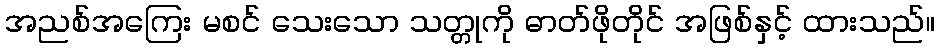
အညစ်အကြေး မစင် သေးသော သတ္တုကို ဓာတ်ဖိုတိုင် အဖြစ်နှင့် ထားသည်။